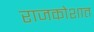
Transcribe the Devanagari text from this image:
राजकोशात